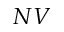
_ { N V }